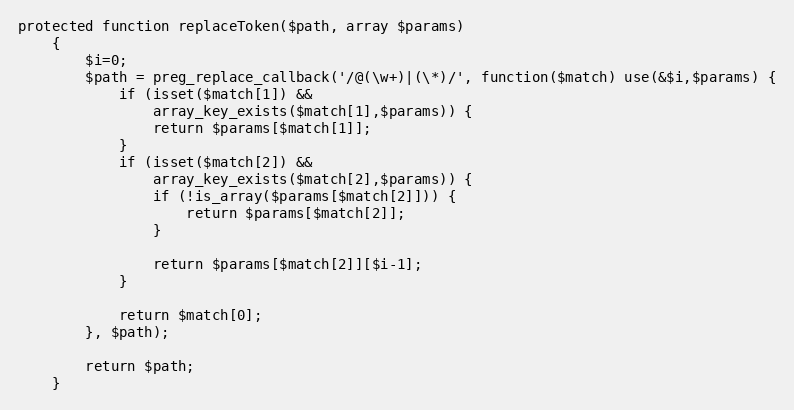
Language: PHP
protected function replaceToken($path, array $params)
    {
        $i=0;
        $path = preg_replace_callback('/@(\w+)|(\*)/', function($match) use(&$i,$params) {
            if (isset($match[1]) &&
                array_key_exists($match[1],$params)) {
                return $params[$match[1]];
            }
            if (isset($match[2]) &&
                array_key_exists($match[2],$params)) {
                if (!is_array($params[$match[2]])) {
                    return $params[$match[2]];
                }

                return $params[$match[2]][$i-1];
            }

            return $match[0];
        }, $path);

        return $path;
    }